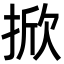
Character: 掀